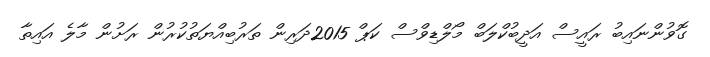
ގޮވުންނައިބު ރައީސް އަދީބުކްލަބް މޯލްޑިވްސް ކަޕް 2015ދަރިން ތަރުބިއްޔަތުކުރުން ރަށުން މާލެ އައިތާ